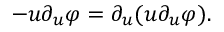
- u \partial _ { u } \varphi = \partial _ { u } ( u \partial _ { u } \varphi ) .